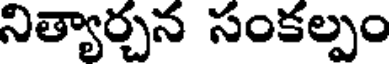
నిత్యార్చన సంకల్పం